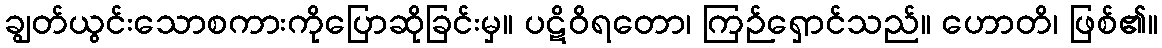
ချွတ်ယွင်းသောစကားကိုပြောဆိုခြင်းမှ။ ပဋိဝိရတော၊ ကြဉ်ရှောင်သည်။ ဟောတိ၊ ဖြစ်၏။